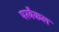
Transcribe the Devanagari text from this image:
परवैकल